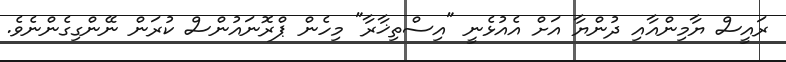
ރައީސް ޔާމިންއާއި ދުންޔާ އަށް އެއުޅެނީ "އިސްތިޚާރާ" މިހެން ޕްރޮނައުންސް ކުރަން ނޭންގިގެންނެވެ.